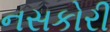
નસકોરી